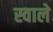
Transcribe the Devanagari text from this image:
स्वाले